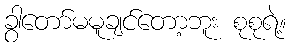
ခွာတော်မမူချင်တော့ဘူး စုစုရဲ့။